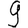
Digit: 9